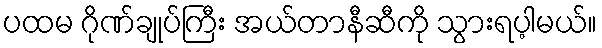
ပထမ ဂိုဏ်ချုပ်ကြီး အယ်တာနီဆီကို သွားရပ့ါမယ်။